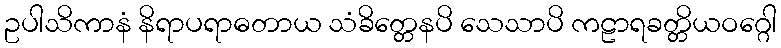
ဥပါသိကာနံ နိရာပရာဓတာယ သံခိတ္တေနပိ သေသာပိ ကဠာရခတ္တိယဝဂ္ဂေါ